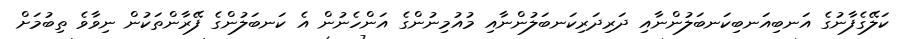
ކަލޭގެފާނުގެ އަނބިއަނބިކަނބަލުންނާއި ދަރިދަރިކަނބަލުންނާއި މުއުމިނުންގެ އަންހެނުން އެ ކަނބަލުންގެ ފޭރާންތަކުން ނިވާވެ ތިބުމަށް